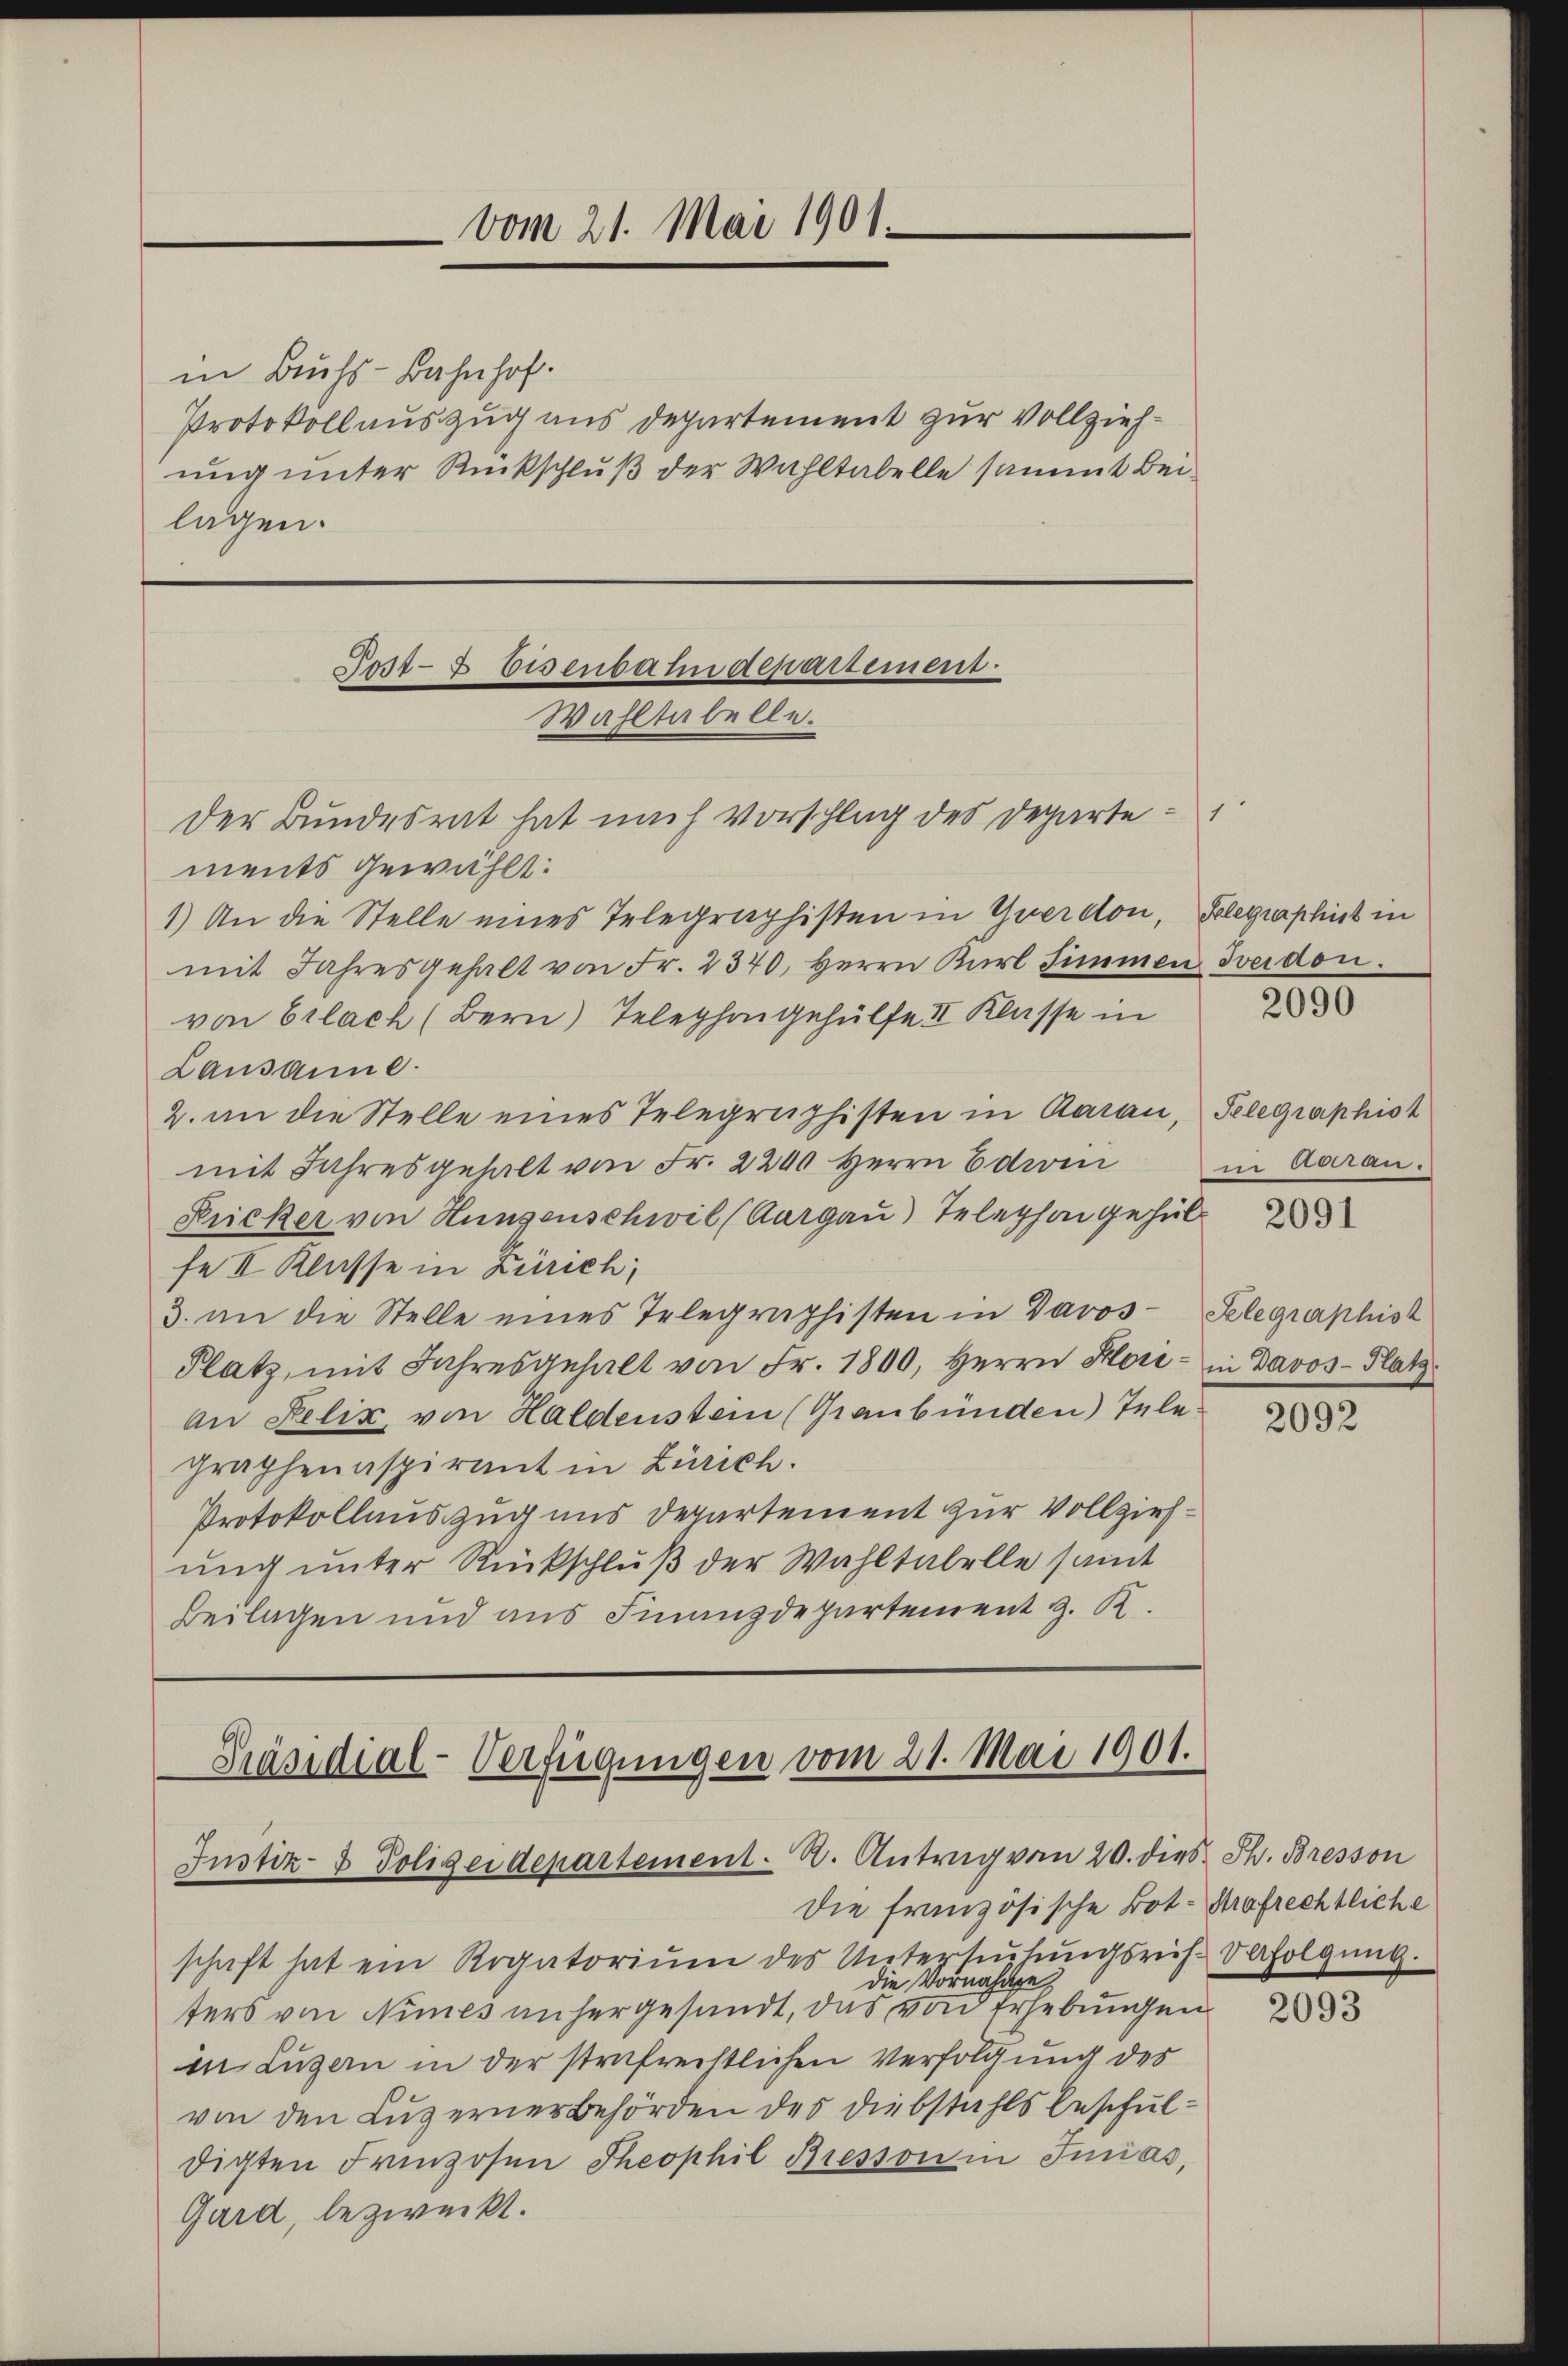
in Buchs-Bahnhof.
Protokollauszug aus Departement zur Vollziehung unter Rückschluß der Wahltabelle sammt Beilagen.

vom 21. Mai 1901.

ments gewählt:
1.) An die Stelle eines Telegraphisten in Yverdon, Gelegraphist in
mit Jahresgehalt von Fr. 2340, Herrn Karl Simmen Zeidon.
von Erlach (Bern) Telephongehülfe II Klasse in
Lausanne.
2. an die Stelle eines Telegraphisten in Aarau, Telegraphist
mit Jahresgehalt von Fr. 2200 herrn Edwin in Aarau
Rricker von Hungenschwil (Aargau) Telephongehülfe II Klasse in Zürich;
3. an die Stelle eines Telegraphisten in Jaros-Telegraphist
Platz, mit Jahresgehalt von Fr. 1800, Herrn Hori- in Davos- Platz
An Felix von Haldenstein (Graubünden) Tele
graphenaspirant in Zürich.
Protokollauszug uns Departement zur Vollziehung unter Rückschluß der Wahltabelle samt
Beilagen und aus Finanzdepartement z. R.

Post- & Eisenbahndepartement.
Wahltabelle.
Der Bundesrat hat nach Vorschlag des Departe

Präsidial-Verfügungen vom 21. Mai 1901.
Justiz- & Polizeidepartement. A. Antrag von 20. dies Th. Bresson
die französische Bot- Strafrechtliche

schaft hat ein Rogatoriŭm des Untersŭchŭngsrich-Verfolgŭng.
Die Vornahme,
ters von Nimes anhergesundt, das von Erhebungen
in Luzern in der strafrechtlichen Verfolgung des
von den Luzerner Behörden des Diebstahls beschuldigten Franzosen Theophil Bresson in Incas,
Gard, bezweckt.

2090

2091

2092

2093